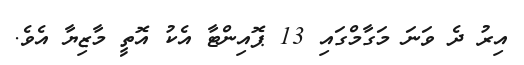
އިރު ދެ ވަނަ މަގާމްގައި 13 ޕޮއިންޓާ އެކު އޮތީ މާޒިޔާ އެވެ.